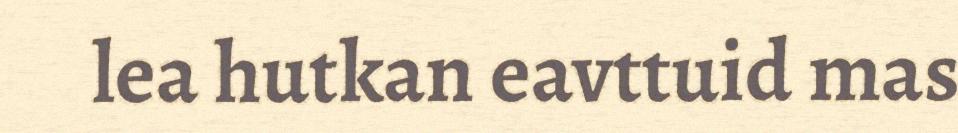
lea hutkan eavttuid mas